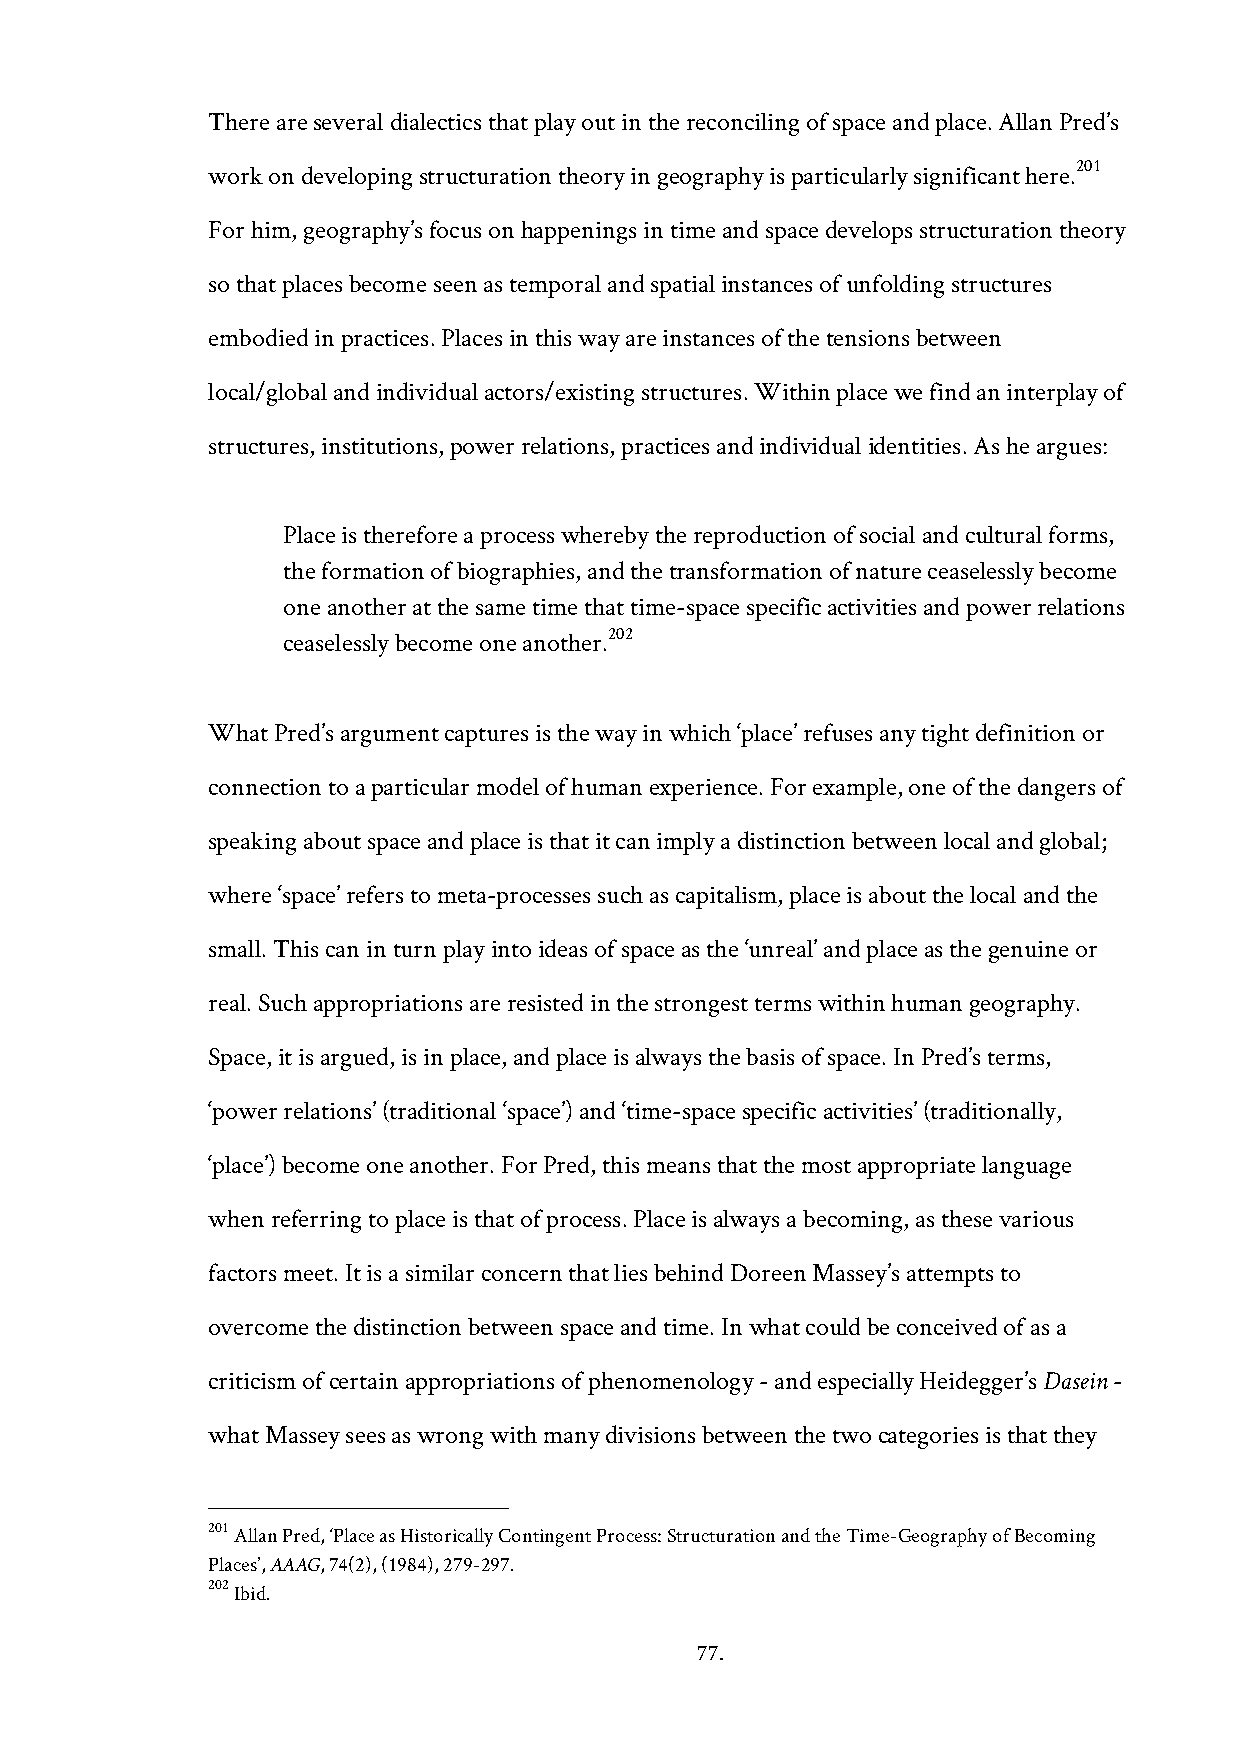
There are several dialectics that play out in the reconciling of space and place. Allan Pred’s
 201
 work on developing structuration theory in geography is particularly significant here.
 For him, geography’s focus on happenings in time and space develops structuration theory
 so that places become seen as temporal and spatial instances of unfolding structures
 embodied in practices. Places in this way are instances of the tensions between
 local/global and individual actors/existing structures. Within place we find an interplay of
 structures, institutions, power relations, practices and individual identities. As he argues:
 Place is therefore a process whereby the reproduction of social and cultural forms,
 the formation of biographies, and the transformation of nature ceaselessly become
 one another at the same time that time-space specific activities and power relations
 202
 ceaselessly become one another.
 What Pred’s argument captures is the way in which ‘place’ refuses any tight definition or
 connection to a particular model of human experience. For example, one of the dangers of
 speaking about space and place is that it can imply a distinction between local and global;
 where ‘space’ refers to meta-processes such as capitalism, place is about the local and the
 small. This can in turn play into ideas of space as the ‘unreal’ and place as the genuine or
 real. Such appropriations are resisted in the strongest terms within human geography.
 Space, it is argued, is in place, and place is always the basis of space. In Pred’s terms,
 ‘power relations’ (traditional ‘space’) and ‘time-space specific activities’ (traditionally,
 ‘place’) become one another. For Pred, this means that the most appropriate language
 when referring to place is that of process. Place is always a becoming, as these various
 factors meet. It is a similar concern that lies behind Doreen Massey’s attempts to
 overcome the distinction between space and time. In what could be conceived of as a
 criticism of certain appropriations of phenomenology - and especially Heidegger’s Dasein -
 what Massey sees as wrong with many divisions between the two categories is that they
 201 Allan Pred, ‘Place as Historically Contingent Process: Structuration and the Time-Geography of Becoming
 Places’, AAAG, 74(2), (1984), 279-297.
 202 Ibid.
 77.